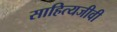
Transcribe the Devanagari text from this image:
साहित्यजीवी